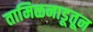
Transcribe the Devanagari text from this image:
तामिळनाडूतून